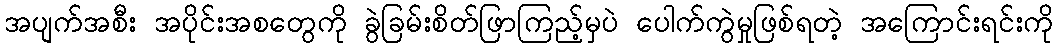
အပျက်အစီး အပိုင်းအစတွေကို ခွဲခြမ်းစိတ်ဖြာကြည့်မှပဲ ပေါက်ကွဲမှုဖြစ်ရတဲ့ အကြောင်းရင်းကို